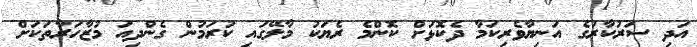
އަދި ސަރުކާރުގެ އަނިޔާވެރިކަމާ ދެކޮޅަށް ކޮންމެ ރެޔަކު މާލޭގައި ކުރަމުން ގެންދިއަ މުޒާހަރާތަކަށް